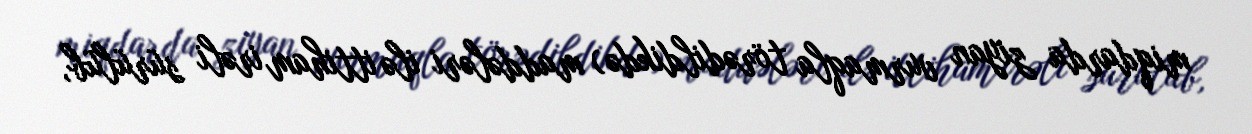
miqdarda ziyan vurmaqla törədildikdə) maddələri ilə ittiham irəli sürülüb,